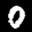
Label: 0